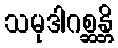
သမုဒါဂစ္ဆန္တိ